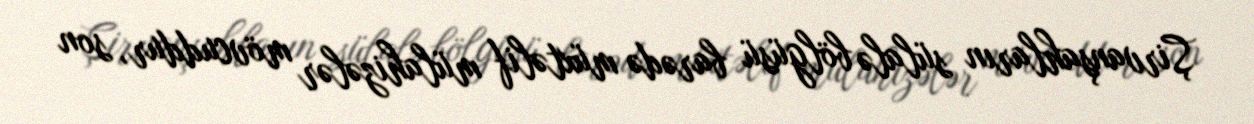
Şirvanşahların sülalə bölgüsü barədə müxtəlif mülahizələr mövcuddur, son